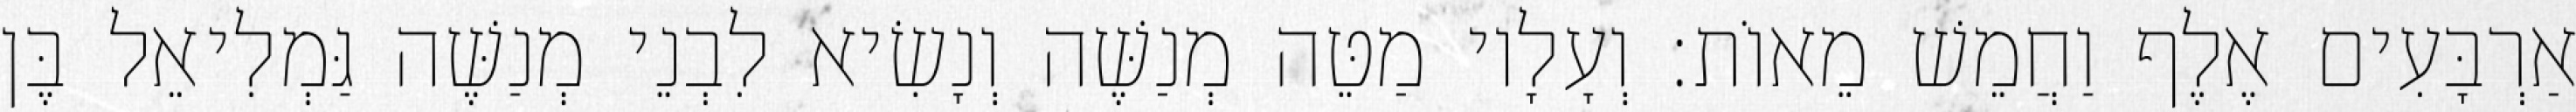
אַרְבָּעִים אֶלֶף וַחֲמֵשׁ מֵאוֹת׃ וְעָלָיו מַטֵּה מְנַשֶּׁה וְנָשִׂיא לִבְנֵי מְנַשֶּׁה גַּמְלִיאֵל בֶּן